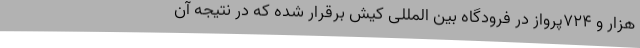
هزار و ۷۲۴پرواز در فرودگاه بین المللی کیش برقرار شده که در نتیجه آن